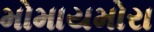
મોમાયમોરા